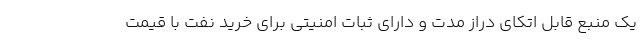
یک منبع قابل اتکای دراز مدت و دارای ثبات امنیتی برای خرید نفت با قیمت